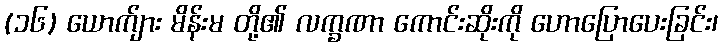
(၁၆) ယောက်ျား မိန်းမ တို့၏ လက္ခဏာ ကောင်းဆိုးကို ဟောပြောပေးခြင်း၊